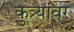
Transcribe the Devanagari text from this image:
कुत्र्यांवर